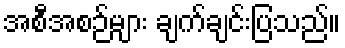
အစီအစဉ်များ ချက်ချင်းပြသည်။